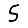
Digit: 5